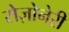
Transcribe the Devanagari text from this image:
रोज़ोनेरी